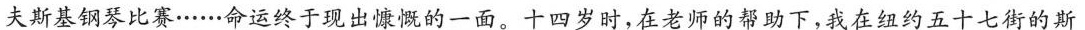
夫斯基钢琴比赛……命运终于现出慷慨的一面。十四岁时，在老师的帮助下，我在纽约五十七街的斯